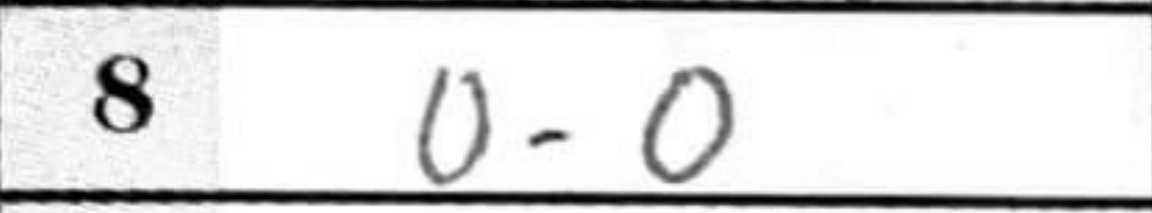
Transcription: O-O